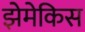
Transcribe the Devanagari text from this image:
झेमेकिस